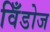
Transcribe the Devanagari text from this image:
विँडोज